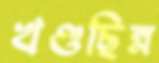
খণ্ডছিন্ন